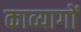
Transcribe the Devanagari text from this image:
काव्यागों